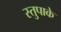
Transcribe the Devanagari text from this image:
स्तुपाके